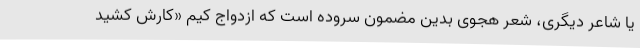
یا شاعر دیگری، شعر هجوی بدین مضمون سروده است که ازدواج کیم «کارش کشید